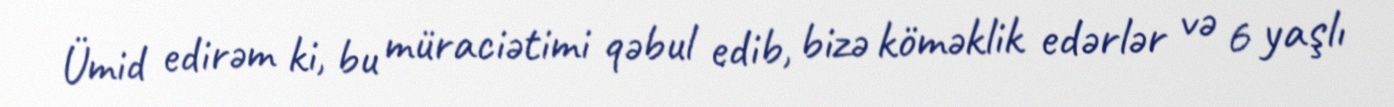
Ümid edirəm ki, bu müraciətimi qəbul edib, bizə köməklik edərlər və 6 yaşlı